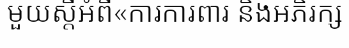
មួយស្តីអំពី«ការការពារ និងអភិរក្ស